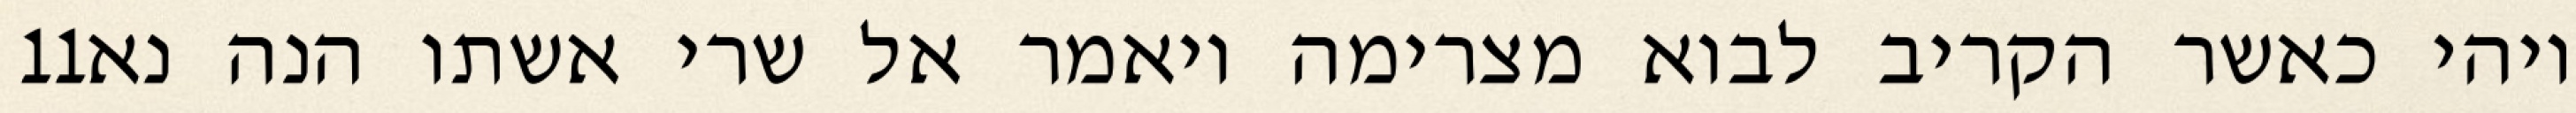
‎11‏ ויהי כאשר הקריב לבוא מצרימה ויאמר אל שרי אשתו הנה נא